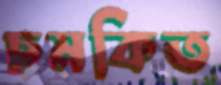
চমকিত